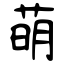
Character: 萌